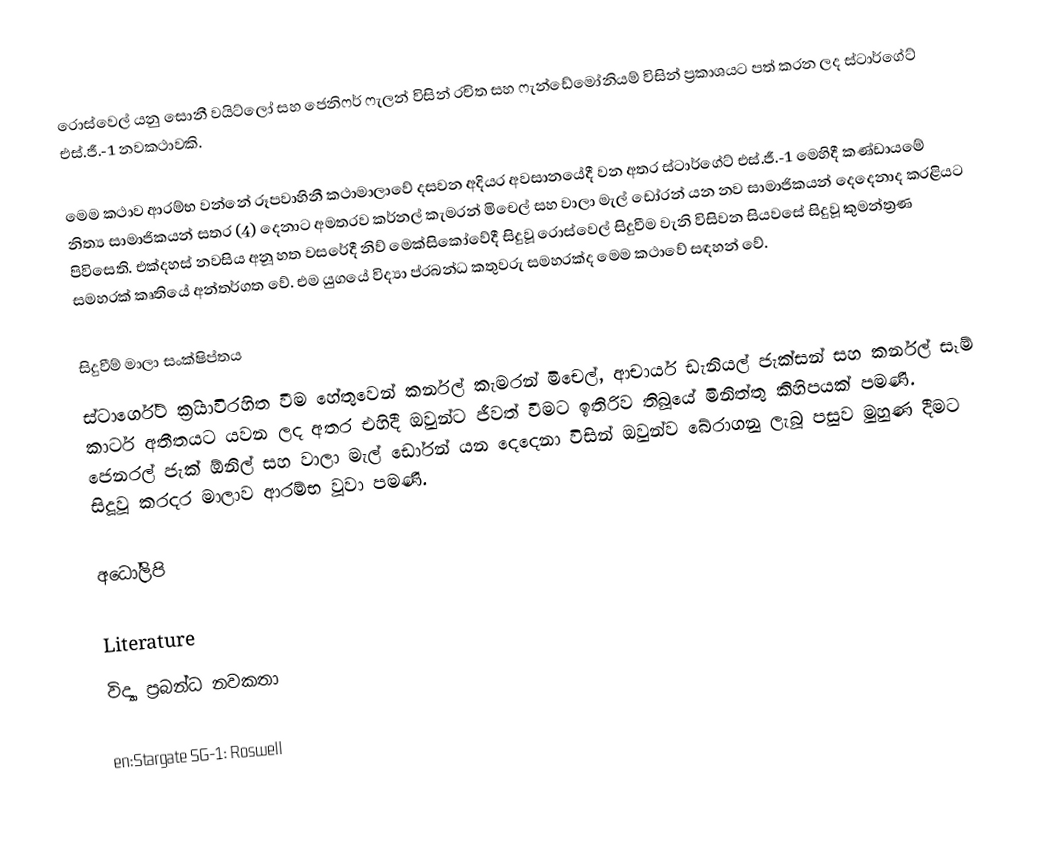
රොස්වෙල් යනු සොනී ව‍යි‍ට්ලෝ සහ ජෙනි‍ෆර් ෆැ‍ලන් විසින් රචිත සහ ෆැන්ඩේමෝනි‍යම් විසින් ප්‍රකා‍ශයට ‍පත් කරන ලද ස්ටාර්ගේට් එස්.ජී.-1 න‍වකථාවකි.

මෙම කථාව ආරම්භ වන්නේ රූපවා‍හිනී කථාමා‍‍ලාවේ ද‍ස‍වන අදි‍යර අවසාන‍‍යේදී වන අතර ස්ටාර්ගේට් එස්.ජී.-1 මෙහිදී කණ්ඩායමේ නිත්‍ය සාමාජිකයන් සතර (4) දෙනා‍ට අමතරව කර්න‍ල් කැමරන් මිචෙල් සහ ‍වාලා මැල් ඩෝරන් යන නව සාමාජිකයන් දෙදෙනාද කරළියට පිවිසෙති. එක්දහස් නවසිය අනූ හත වසරේදී  නිව් මෙක්සිකෝවේදී සිදුවූ රොස්වෙල් සි‍‍දුවීම වැනි විසිවන සියවසේ සි‍දුවූ කුමන්ත්‍රණ සමහරක් කෘතියේ අන්තර්ගත වේ. එම යුගයේ විද්‍යා‍ ප‍‍්‍රබන්ධ කතුවරු සමහරක්ද මෙම කථාවේ සඳහන් වේ.

සිදුවීම් මාලා සංක්ෂිප්තය
ස්ටාර්ගේ‍ට් ක‍්‍රියාවිරහිත වීම හේතුවෙන් කර්න‍ල් කැමරන් මිචෙල්, ආචාර්ය ඩැනියල් ජැක්සන් සහ කර්න‍ල් සෑම් කාටර් අතීතය‍ට යවන ලද අතර එහිදී ‍ඔවුන්‍ට ජීවත් වීමට ඉතිරිව තිබූයේ මිනිත්තු කිහිපයක් පමණි. ජෙනරල් ජැක් ඕනිල් ‍සහ වාලා මැල් ඩෝරන් යන දෙදෙනා විසින් ඔවුන්ව බේරාගනු ලැබූ පසුව මුහුණ දීමට සිදූවූ කරදර මාලාව ආරම්භ වූවා පමණි.

අධෝලිපි

Literature
විද්‍යා ප්‍රබන්ධ නවකතා

en:Stargate SG-1: Roswell